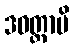
ဒဝတ္ထာပိ